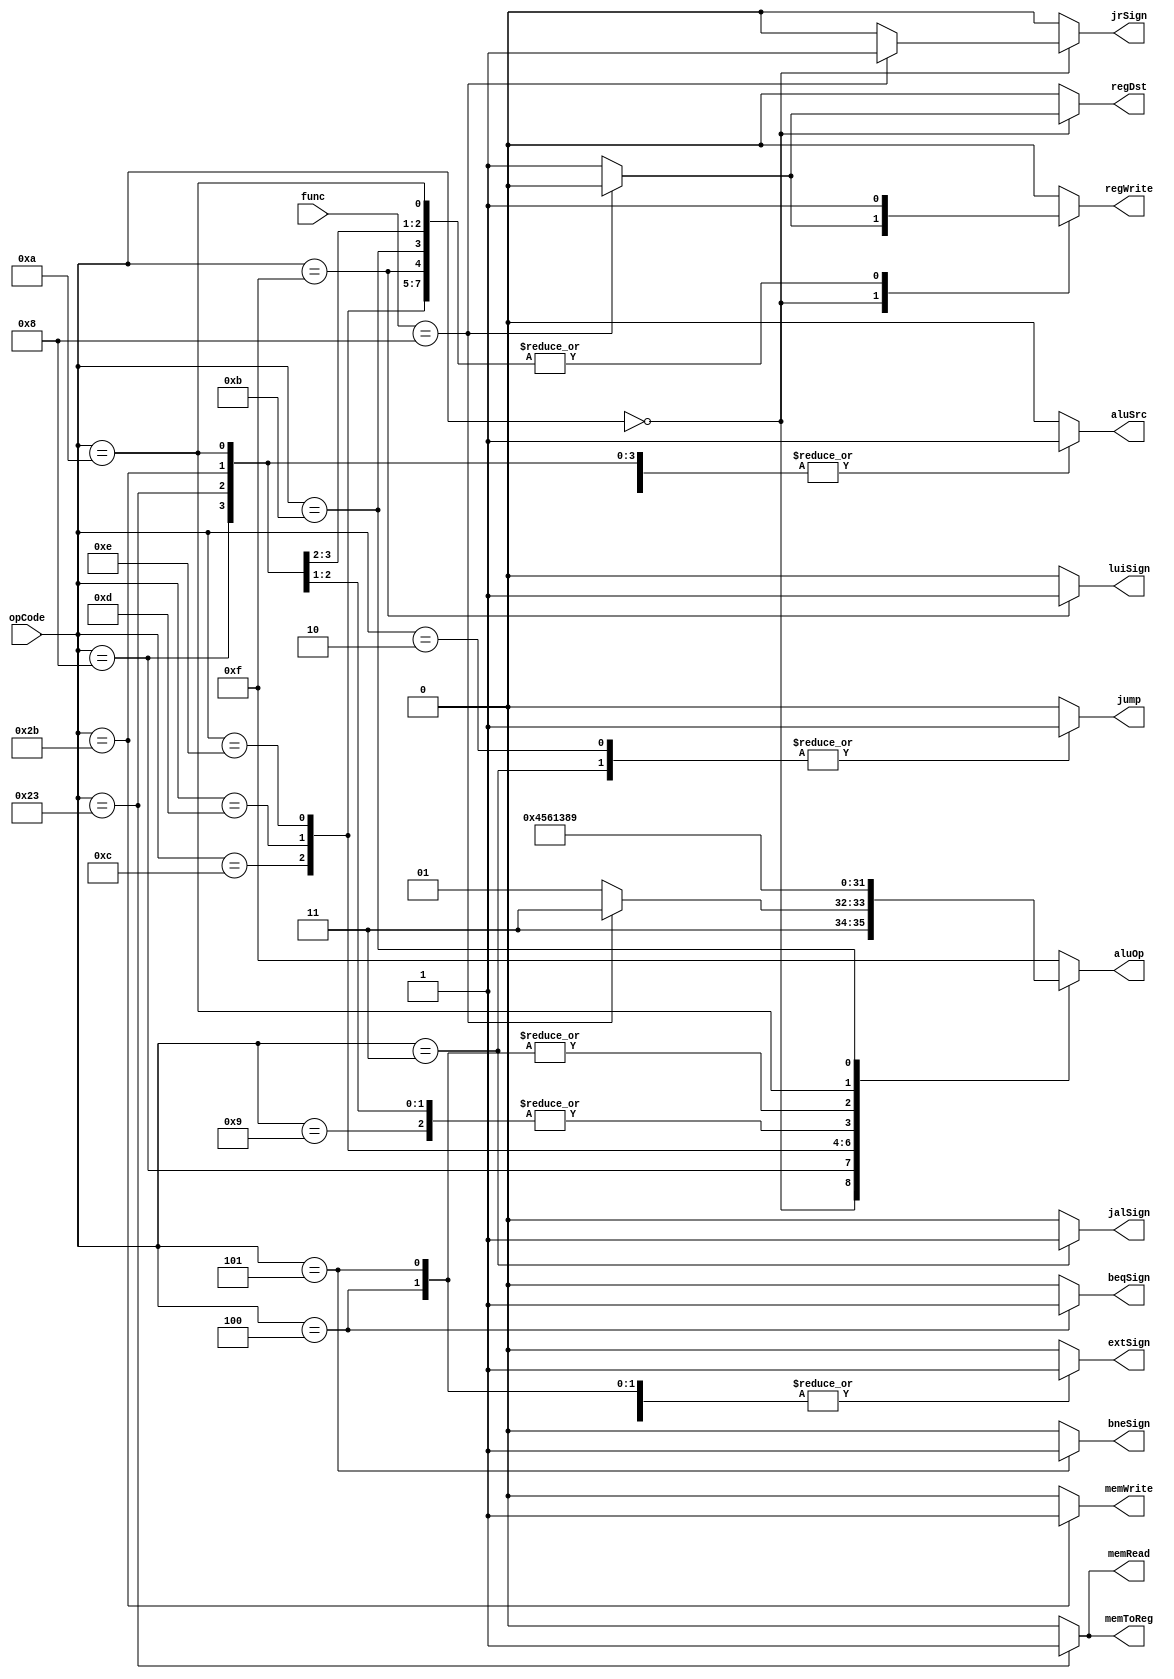
`timescale 1ns / 1ps
//////////////////////////////////////////////////////////////////////////////////
// Company: 
// Engineer: 
// 
// Design Name: 
// Module Name: Ctr
// Project Name: 
// Target Devices: 
// Tool Versions: 
// Description: 
// 
// Dependencies: 
// 
// Revision:
// Revision 0.01 - File Created
// Additional Comments:
// 
//////////////////////////////////////////////////////////////////////////////////


module Ctr(
    input [5:0] opCode,
    input [5:0] func,
    // input nop,
    output regDst,
    output aluSrc,
    output memToReg,
    output regWrite,
    output memRead,
    output memWrite,
    output [3:0] aluOp,
    output jump,
    output extSign,
    output jalSign,
    output beqSign,
    output bneSign,
    output luiSign,
    output jrSign
    );
    reg RegDst;
    reg ALUSrc;
    reg MemToReg;
    reg RegWrite;
    reg MemRead;
    reg MemWrite;
    reg [3:0] ALUOp;
    reg Jump;
    reg ExtSign;
    reg JalSign;
    reg BeqSign;
    reg BneSign;
    reg LuiSign;
    reg JrSign;
    
    always @(opCode or func)
    begin
        case(opCode)
        6'b000000:          //R Type
        begin
            if(func==6'b001000)begin
                RegDst=0;
                RegWrite=0;
                JrSign=1;
                ALUOp=4'b1111;
            end
            else begin
                RegDst=1;
                RegWrite=1;
                JrSign=0;
                ALUOp=4'b1101;
            end
            // regDst=0;
            ALUSrc=0;
            MemToReg=0;
            // regWrite=0;
            MemRead=0;
            MemWrite=0;
            Jump=0;
            ExtSign=0;
            JalSign=0;
            BeqSign=0;
            BneSign=0;
            LuiSign=0;
            // jrSign=0;
            // aluOp=4'b1111;
            Jump=0;
        end
        6'b001000:          //addi
        begin
            RegDst=0;
            ALUSrc=1;
            MemToReg=0;
            RegWrite=1;
            MemRead=0;
            MemWrite=0;
            Jump=0;
            ExtSign=1;
            JalSign=0;
            BeqSign=0;
            BneSign=0;
            LuiSign=0;
            JrSign=0;
            ALUOp=4'b0000;   
        end
        6'b001001:          //addiu
        begin
            RegDst=0;
            ALUSrc=1;
            MemToReg=0;
            RegWrite=1;
            MemRead=0;
            MemWrite=0;
            Jump=0;
            ExtSign=0;
            JalSign=0;
            BeqSign=0;
            BneSign=0;
            LuiSign=0;
            JrSign=0;
            ALUOp=4'b0001;    
        end
        6'b001100:          //andi
        begin
            RegDst=0;
            ALUSrc=1;
            MemToReg=0;
            RegWrite=1;
            MemRead=0;
            MemWrite=0;
            Jump=0;
            ExtSign=0;
            JalSign=0;
            BeqSign=0;
            BneSign=0;
            LuiSign=0;
            JrSign=0;
            ALUOp=4'b0100;
        end
        6'b001101:          //ori
        begin
            RegDst=0;
            ALUSrc=1;
            MemToReg=0;
            RegWrite=1;
            MemRead=0;
            MemWrite=0;
            Jump=0;
            ExtSign=0;
            JalSign=0;
            BeqSign=0;
            BneSign=0;
            LuiSign=0;
            JrSign=0;
            ALUOp=4'b0101;
        end
        6'b001110:          //xori
        begin
            RegDst=0;
            ALUSrc=1;
            MemToReg=0;
            RegWrite=1;
            MemRead=0;
            MemWrite=0;
            Jump=0;
            ExtSign=0;
            JalSign=0;
            BeqSign=0;
            BneSign=0;
            LuiSign=0;
            JrSign=0;
            ALUOp=4'b0110;
        end
        6'b001111:          //lui
        begin
            RegDst=0;
            ALUSrc=1;
            MemToReg=0;
            RegWrite=1;
            MemRead=0;
            MemWrite=0;
            Jump=0;
            ExtSign=0;
            JalSign=0;
            BeqSign=0;
            BneSign=0;
            LuiSign=1;
            JrSign=0;
            ALUOp=4'b1111;
        end
        6'b100011:          //lw
        begin
            RegDst=0;
            ALUSrc=1;
            MemToReg=1;
            RegWrite=1;
            MemRead=1;
            MemWrite=0;
            Jump=0;
            ExtSign=1;
            JalSign=0;
            BeqSign=0;
            BneSign=0;
            LuiSign=0;
            JrSign=0;
            ALUOp=4'b0001;
        end
        6'b101011:             //sw
        begin
            RegDst=0;
            ALUSrc=1;
            MemToReg=0;
            RegWrite=0;
            MemRead=0;
            MemWrite=1;
            Jump=0;
            ExtSign=1;
            JalSign=0;
            BeqSign=0;
            BneSign=0;
            LuiSign=0;
            JrSign=0;
            ALUOp=4'b0001;
        end
        6'b000100:          //beq
        begin
            RegDst=0;
            ALUSrc=0;
            MemToReg=0;
            RegWrite=0;
            MemRead=0;
            MemWrite=0;
            Jump=0;
            ExtSign=1;
            JalSign=0;
            BeqSign=1;
            BneSign=0;
            LuiSign=0;
            JrSign=0;
            ALUOp=4'b0011;
        end 
        6'b000101:          //bne
        begin
            RegDst=0;
            ALUSrc=0;
            MemToReg=0;
            RegWrite=0;
            MemRead=0;
            MemWrite=0;
            Jump=0;
            ExtSign=1;
            JalSign=0;
            BeqSign=0;
            BneSign=1;
            LuiSign=0;
            JrSign=0;
            ALUOp=4'b0011;
        end
        6'b001010:          //slti
        begin
            RegDst=0;
            ALUSrc=1;
            MemToReg=0;
            RegWrite=1;
            MemRead=0;
            MemWrite=0;
            Jump=0;
            ExtSign=1;
            JalSign=0;
            BeqSign=0;
            BneSign=0;
            LuiSign=0;
            JrSign=0;
            ALUOp=4'b1000;
        end
        6'b001011:          //sltiu
        begin
            RegDst=0;
            ALUSrc=1;
            MemToReg=0;
            RegWrite=1;
            MemRead=0;
            MemWrite=0;
            Jump=0;
            ExtSign=0;
            JalSign=0;
            BeqSign=0;
            BneSign=0;
            LuiSign=0;
            JrSign=0;
            ALUOp=4'b1001;
        end
        6'b000010:          //j
        begin
            RegDst=0;
            ALUSrc=0;
            MemToReg=0;
            RegWrite=0;
            MemRead=0;
            MemWrite=0;
            Jump=1;
            ExtSign=0;
            JalSign=0;
            BeqSign=0;
            BneSign=0;
            LuiSign=0;
            JrSign=0;
            ALUOp=4'b1111;
        end
        6'b000011:          //jal
        begin 
            RegDst=0;
            ALUSrc=0;
            MemToReg=0;
            RegWrite=0;
            MemRead=0;
            MemWrite=0;
            Jump=1;
            ExtSign=0;
            JalSign=1;
            BeqSign=0;
            BneSign=0;
            LuiSign=0;
            JrSign=0;
            ALUOp=4'b1111;
        end
        default:
        begin
            RegDst=0;
            ALUSrc=0;
            MemToReg=0;
            RegWrite=0;
            MemRead=0;
            MemWrite=0;
            ALUOp=0;
            Jump=0;
            ExtSign=0;
            JalSign=0;
            BeqSign=0;
            BneSign=0;
            LuiSign=0;
            JrSign=0;
            ALUOp=4'b1111;
        end
        endcase
        
    end   
    assign regDst=RegDst;
    assign aluSrc=ALUSrc;
    assign memToReg=MemToReg;
    assign regWrite=RegWrite;
    assign memRead=MemRead;
    assign memWrite=MemWrite;
    assign aluOp=ALUOp;
    assign jump=Jump;
    assign extSign=ExtSign;
    assign jalSign=JalSign;  
    assign beqSign=BeqSign;
    assign bneSign=BneSign;
    assign luiSign=LuiSign;
    assign jrSign=JrSign;          
endmodule